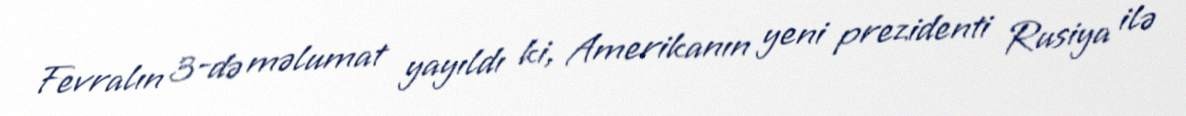
Fevralın 3-də məlumat yayıldı ki, Amerikanın yeni prezidenti Rusiya ilə